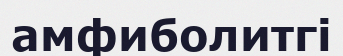
амфиболитгі